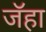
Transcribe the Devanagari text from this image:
जॅहा